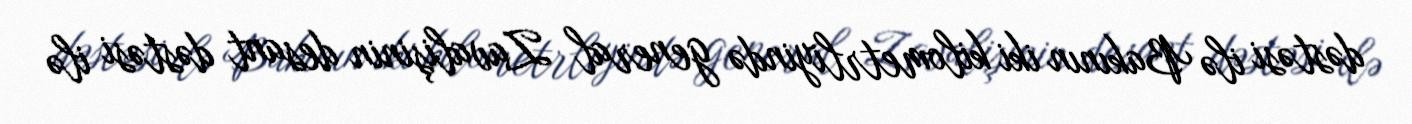
dəstəsi ilə Bakının iki kilometrliyində general Zavalişinin desant dəstəsi ilə